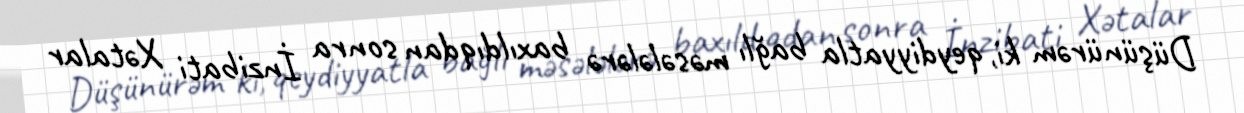
Düşünürəm ki, qeydiyyatla bağlı məsələlərə baxıldıqdan sonra İnzibati Xətalar